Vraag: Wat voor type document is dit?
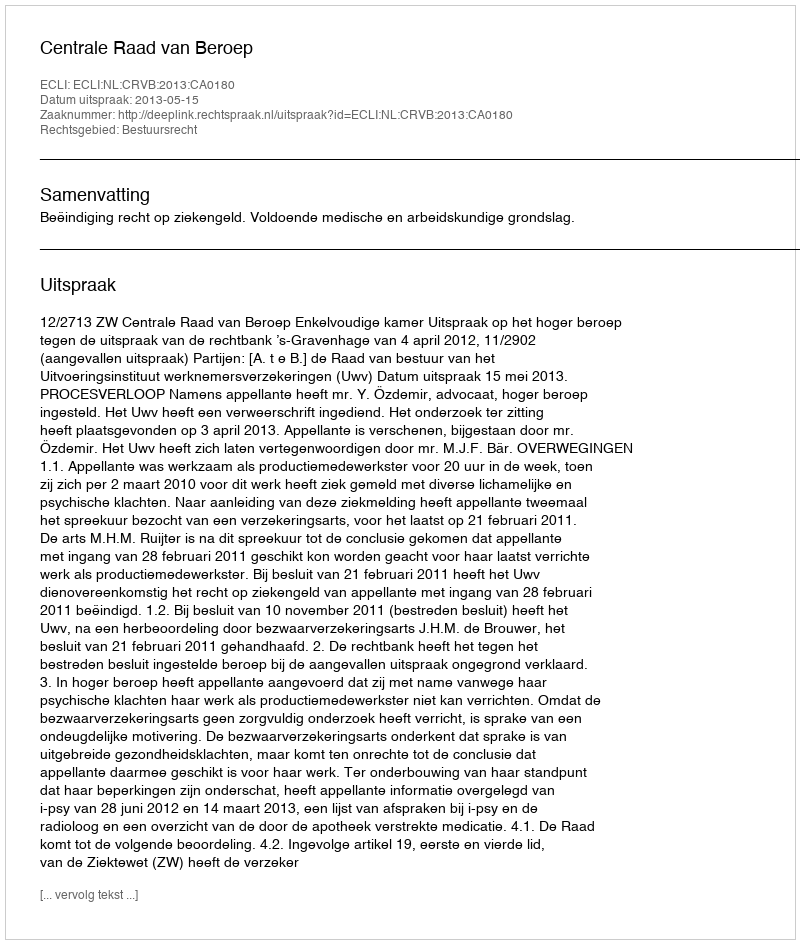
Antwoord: Uitspraak